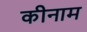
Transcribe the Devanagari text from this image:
कीनाम